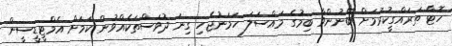
ހޮޓާ ތަރައްގީކުރުމަށް ބޭނުންވާ ބިމުގެ މައްސަލަ ހަމަނުޖެހި ގިނަ ދުވަސްތަކެއްވުން ކަމަށް އެމްޓީޑީސީން